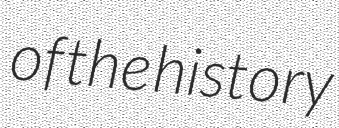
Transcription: of the history